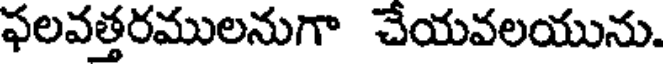
ఫలవత్తరములనుగా చేయవలయును.